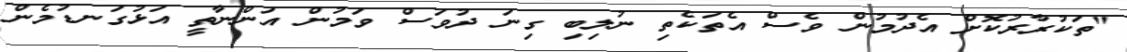
"ތަކުރާރުކޮށް އެދުމުން ވެސް އެތަކެތި ނުލިބި ގިނަ ދުވަސް ވަމުން އަންނާތީ އަޅުގަނޑުމެން